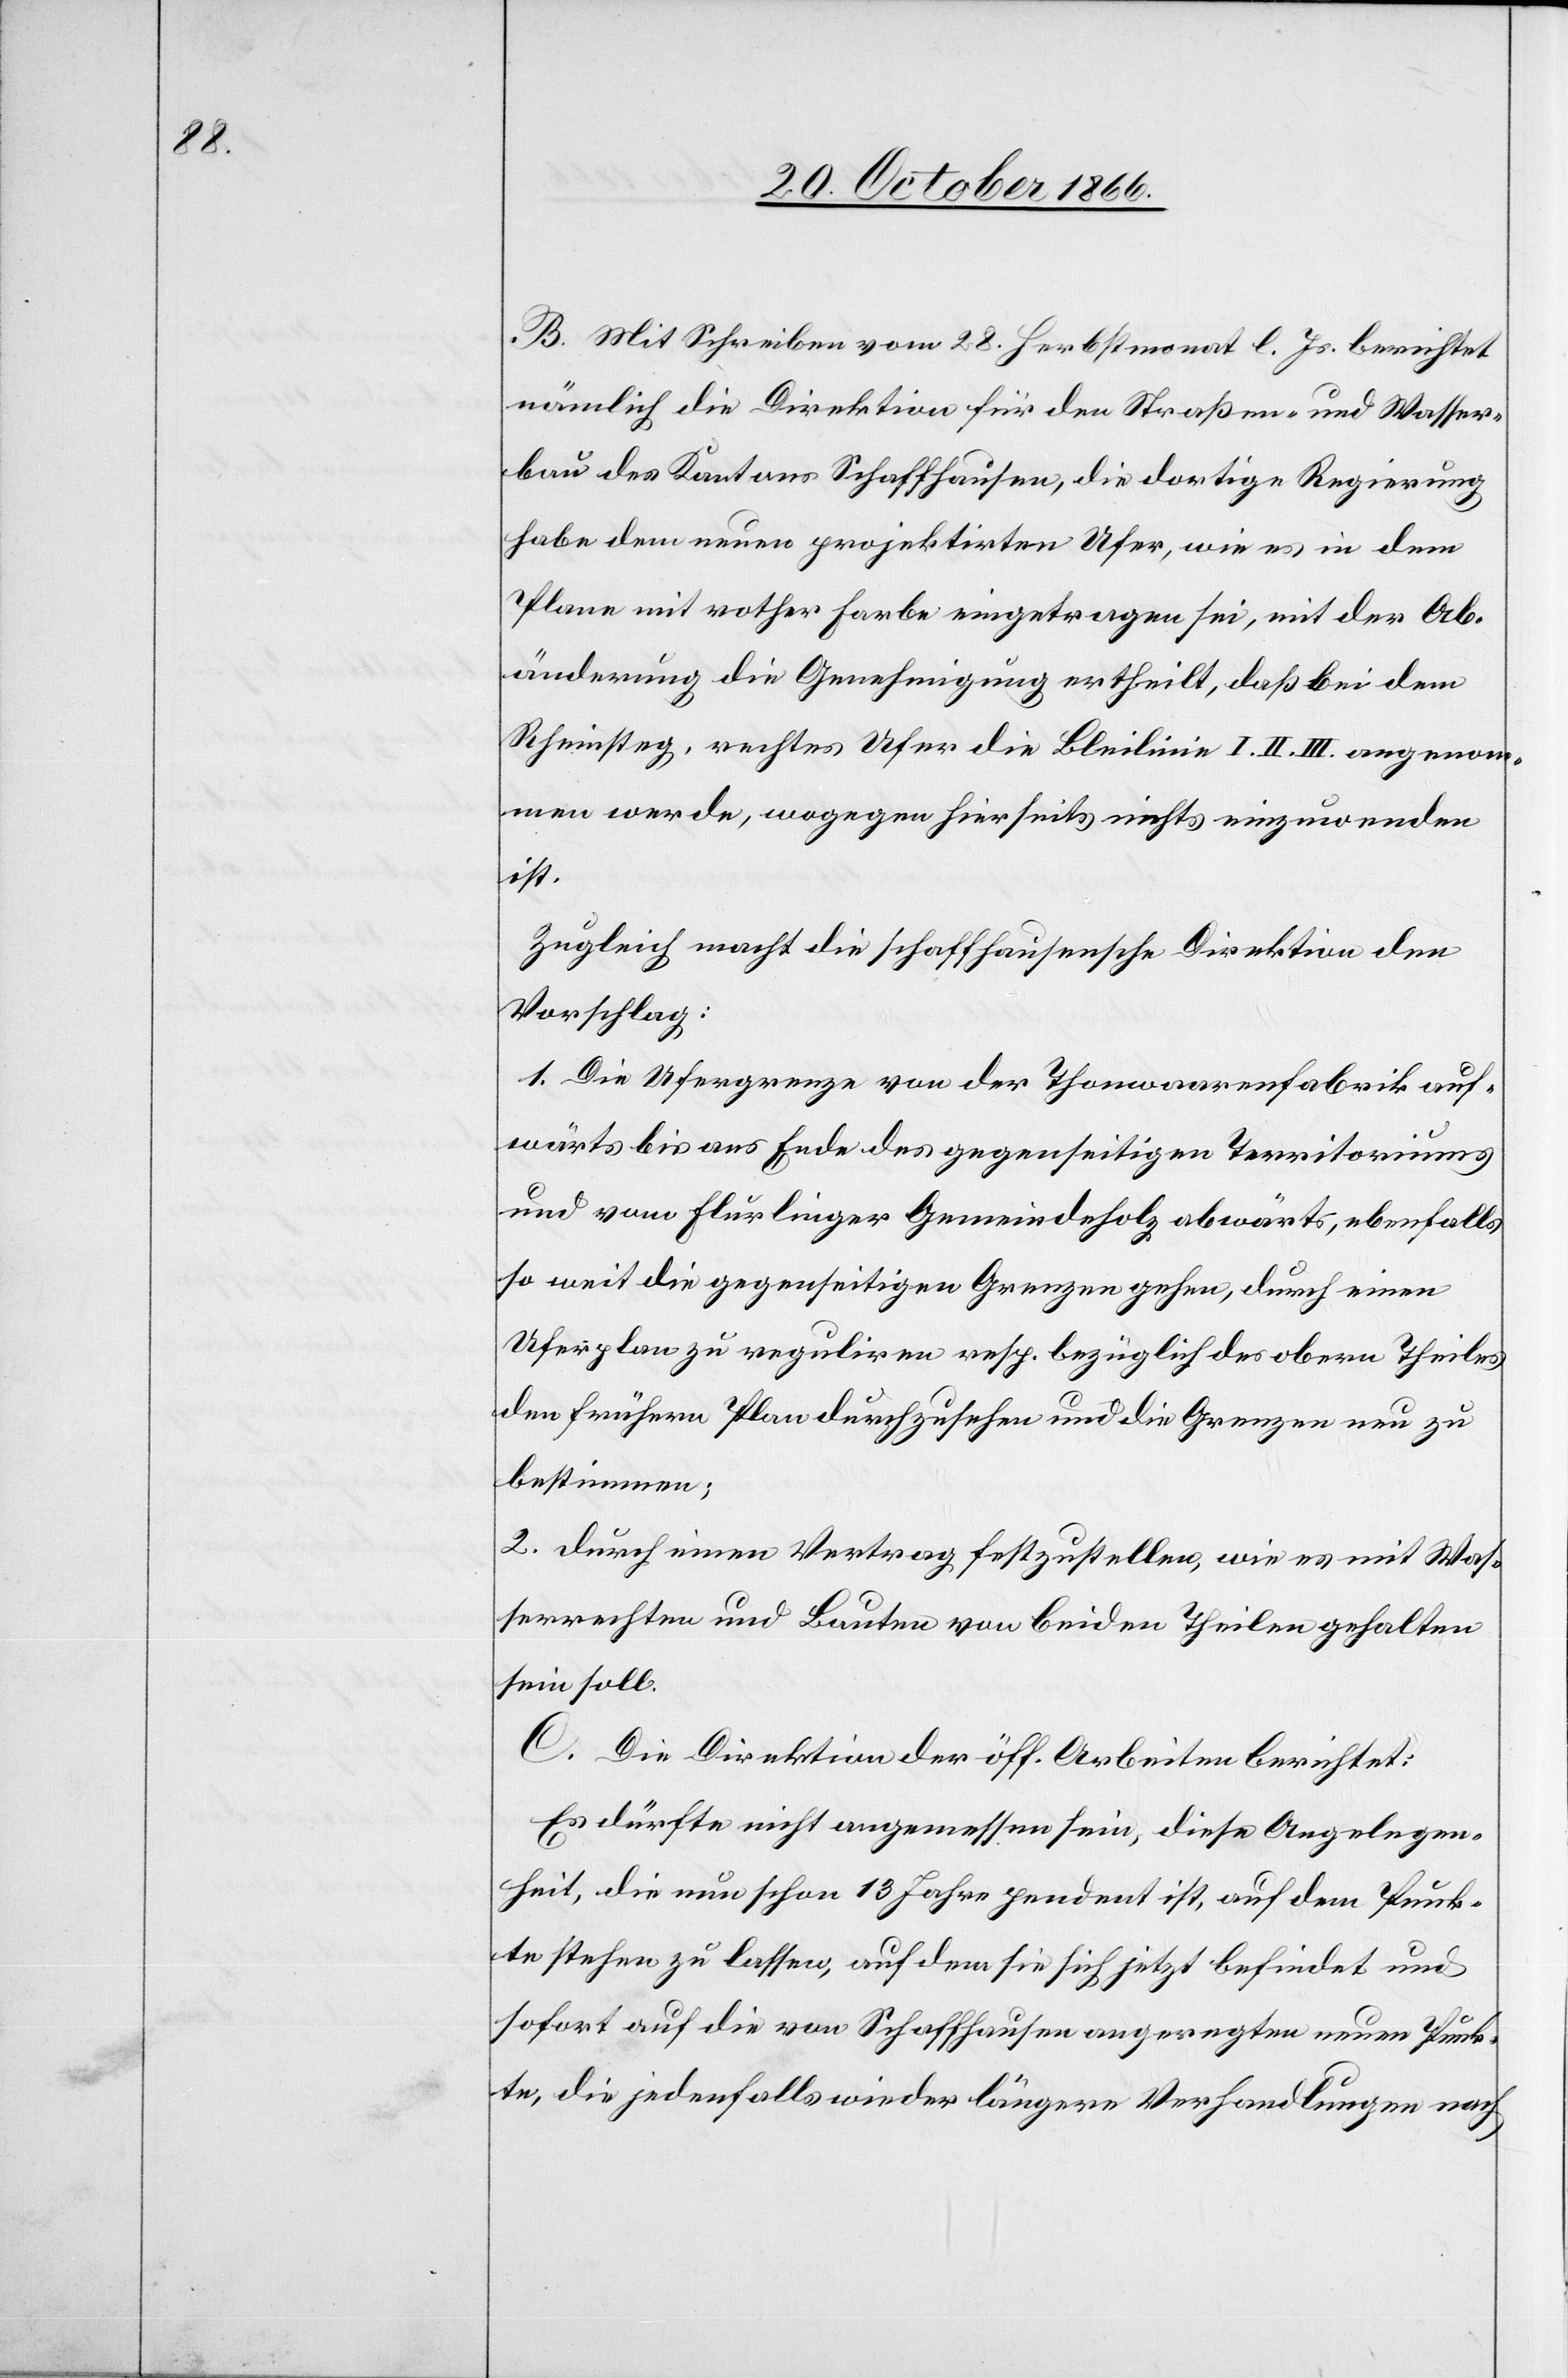
B. Mit Schreiben vom 28. Herbstmonat l. Js. berichtet
nämlich die Direktion für den Straßen- und Wasser¬
bau des Kantons Schaffhausen, die dortige Regierung
habe dem neuen projektirten Ufer, wie es in dem
Plane mit rother Farbe eingetragen sei, mit der Ab¬
änderung die Genehmigung ertheilt, daß bei dem
Rheinsteg, rechtes Ufer die Bleilinie I. II. III angenom¬
men werde, wogegen hierseits nichts einzuwenden
ist.
Zugleich macht die schaffhausensche Direktion den
Vorschlag:
1. Die Ufergrenze von der Thonwaarenfabrik auf¬
wärts bis ans Ende des gegenseitigen Territoriums
und vom Flurlinger Gemeindeholz abwärts, ebenfalls
so weit die gegenseitigen Grenzen gehen, durch einen
Uferplan zu reguliren resp. bezüglich des obern Theiles
den frühern Plan durchzusehen und die Grenzen neu zu
bestimmen.
2. durch einen Vertrag festzustellen, wie es mit Was¬
serrechten und Bauten von beiden Theilen gehalten
sein soll.
C. Die Direktion der öff. Arbeiten berichtet:
Es dürfte nicht angemessen sein, diese Angelegen¬
heit, die nun schon 13 Jahre pendent ist, auf dem Punk¬
te stehen zu lassen, auf dem sie sich jetzt befindet und
sofort auf die von Schaffhausen angeregten neuen Punk¬
te, die jedenfalls wieder längere Verhandlungen nach